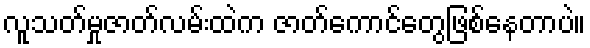
လူသတ်မှုဇာတ်လမ်းထဲက ဇာတ်ကောင်တွေဖြစ်နေတာပဲ။